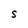
Character: S